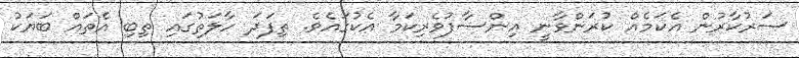
ސަރުކާރުން އެކަމެއް ކުރަންވާނީ އިންސާފުވެރިކަމާ އެކުގައެވެ. ތިފަދަ ހާލަތުގައި ތިބި އެތައް ބަޔަކު